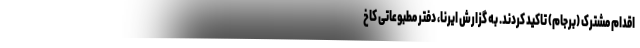
اقدام مشترک (برجام) تاکید کردند. به گزارش ایرنا، دفتر مطبوعاتی کاخ